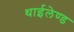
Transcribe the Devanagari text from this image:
थाईलेण्ड